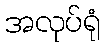
အလုပ်ရုံ